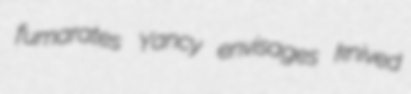
fumarates Yancy envisages knived